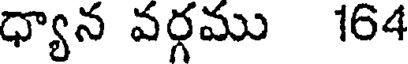
ధ్యాన వర్గము 164